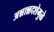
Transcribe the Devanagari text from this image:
अन्नान्नदशेमुळे